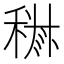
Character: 𱶘